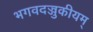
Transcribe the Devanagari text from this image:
भगवदज्जुकीयम्‌